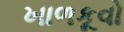
ખાળકૂવો